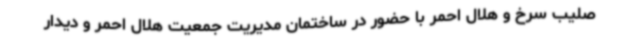
صلیب سرخ و هلال احمر با حضور در ساختمان مدیریت جمعیت هلال احمر و دیدار